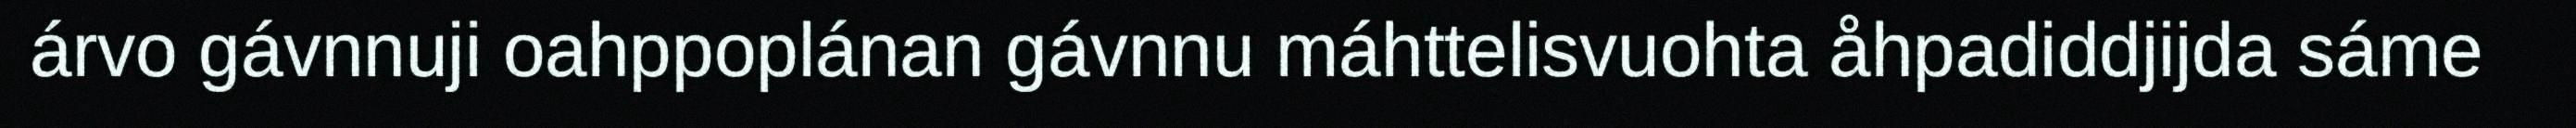
árvo gávnnuji oahppoplánan gávnnu máhttelisvuohta åhpadiddjijda sáme